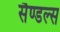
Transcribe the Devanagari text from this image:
सैण्डल्स